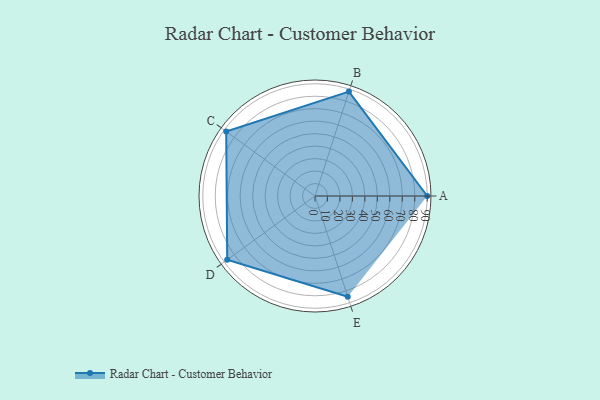
{"axis": {"x": "Skill", "y": "Score"}, "legend": ["Profile"], "data": [{"x": "A", "y": 90.0, "type": "Profile"}, {"x": "B", "y": 88.0, "type": "Profile"}, {"x": "C", "y": 88.0, "type": "Profile"}, {"x": "D", "y": 87.0, "type": "Profile"}, {"x": "E", "y": 85.0, "type": "Profile"}]}